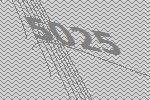
5025